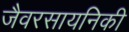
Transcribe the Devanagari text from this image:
जैवरसायनिकी